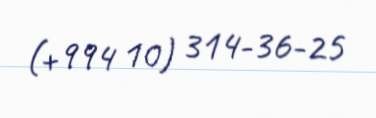
(+994 10) 314-36-25